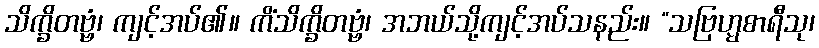
သိက္ခိတဗ္ဗံ၊ ကျင့်အပ်၏။ ကိံသိက္ခိတဗ္ဗံ၊ အဘယ်သို့ကျင့်အပ်သနည်း။ “သဗြဟ္မစာရီသု၊